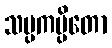
သမ္ပကမ္ပိတော